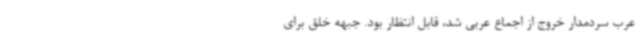
عرب سردمدار خروج از اجماع عربی شد، قابل انتظار بود. جبهه خلق برای